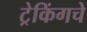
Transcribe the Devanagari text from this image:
ट्रेकिंगचे